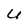
Character: U